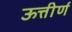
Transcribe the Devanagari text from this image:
ऊत्तीर्ण